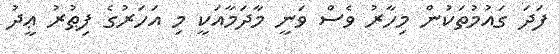
ފަދަ ގައުމުތަކުން މިހާރު ވެސް ވަނީ މާދަމާއަކީ މި އަހަރުގެ ފިޠުރު ޢީދު